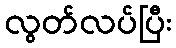
လွတ်လပ်ပြီး